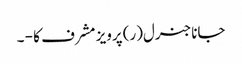
جاناجنرل(ر) پرویز مشرف کا - ۔